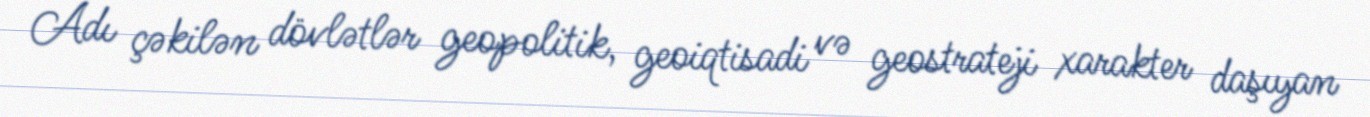
Adı çəkilən dövlətlər geopolitik, geoiqtisadi və geostrateji xarakter daşıyan